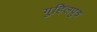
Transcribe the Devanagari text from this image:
गुहिलपुत्र